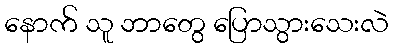
နောက် သူ ဘာတွေ ပြောသွားသေးလဲ